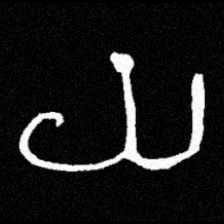
Pyu character \u2014 Myanmar letter: ယ (romanized: ya)